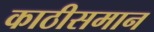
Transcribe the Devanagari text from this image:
काठीसमान